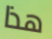
هذا